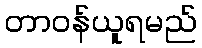
တာဝန်ယူရမည်